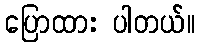
ပြောထား ပါတယ်။